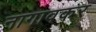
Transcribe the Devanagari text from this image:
नागावकर